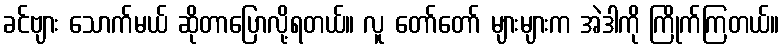
ခင်ဗျား သောက်မယ် ဆိုတာပြောလို့ရတယ်။ လူ တော်တော် များများက အဲဒါကို ကြိုက်ကြတယ်။